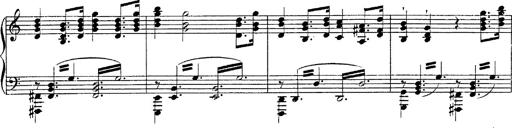
Title: Fantasie Ã¼ber Themen aus Mozarts Figaro und Don Giovanni
Composer: Franz Liszt